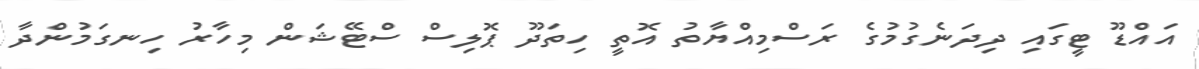
އައްޑޫ ޓީގައި ދިދަނެގުމުގެ ރަސްމިއްޔާތު އޮތީ ހިތަދޫ ޕޮލިސް ސްޓޭޝަން މިހާރު ހިނގަމުންދާ